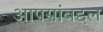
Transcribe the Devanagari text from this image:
आपसांबद्दल